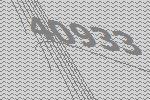
40933